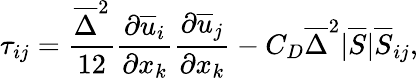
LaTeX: \tau_{ij}=\frac{\overline{{\Delta}}^{2}}{12}\frac{\partial\overline{{u}}_{i}}{\partial x_{k}}\frac{\partial\overline{{u}}_{j}}{\partial x_{k}}-C_{D}\overline{{\Delta}}^{2}|\overline{{S}}|\overline{{S}}_{ij},